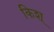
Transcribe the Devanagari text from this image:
किश्